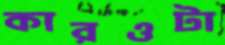
কারওটা